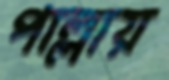
পাল্লায়